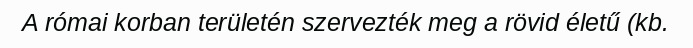
A római korban területén szervezték meg a rövid életű (kb.